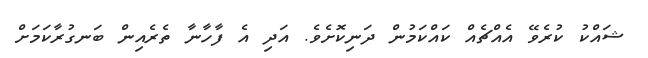
ޝައްކު ކުރެވޭ އެއްޗެއް ކައްކަމުން ދަނިކޮށެވެ. އަދި އެ ފާހާނާ ތެރެއިން ބަނގުރާކަމަށް